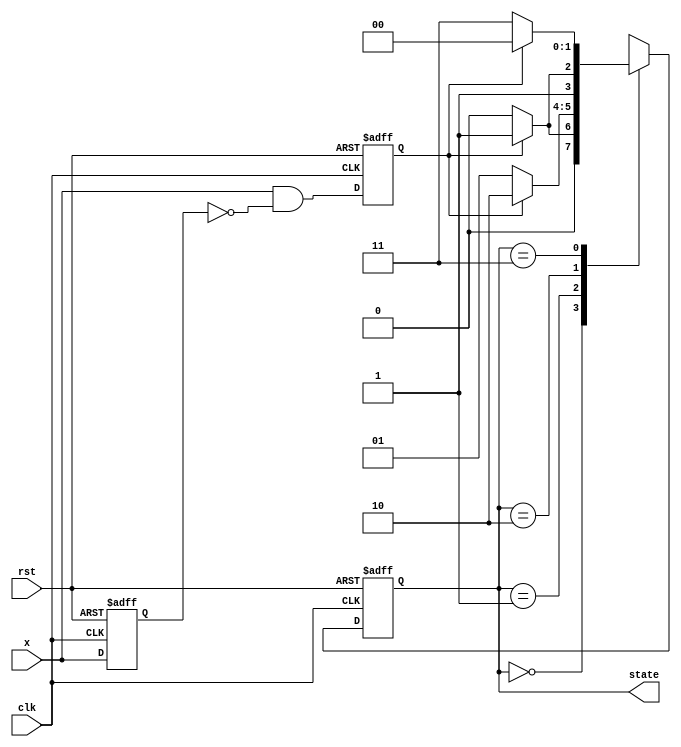
`timescale 1ns / 1ps
//////////////////////////////////////////////////////////////////////////////////
// Company: 
// Engineer: 
// 
// Design Name: 
// Module Name: 2bit_upcounter
// Project Name: 
// Target Devices: 
// Tool Versions: 
// Description: 
// 
// Dependencies: 
// 
// Revision:
// Revision 0.01 - File Created
// Additional Comments:
// 
//////////////////////////////////////////////////////////////////////////////////


module upcounter_2bit(clk, rst, x, state);

input clk, rst;
input x;
reg x_trig, x_reg;
output reg [1:0] state;

always @(negedge rst or posedge clk) begin
    if(!rst) {x_trig, x_reg} <= 2'b00;
    else begin
        x_reg <= x;
        x_trig <= x & ~x_reg;
    end
end

always @(negedge rst or posedge clk) begin
    if(!rst) state <= 2'b00;
    else begin
        case(state)
            2'b00 : state <= x_trig ? 2'b01 : 2'b00;
            2'b01 : state <= x_trig ? 2'b10 : 2'b01;
            2'b10 : state <= x_trig ? 2'b11 : 2'b10;
            2'b11 : state <= x_trig ? 2'b00 : 2'b11;
        endcase
    end
end

endmodule